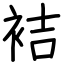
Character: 袺